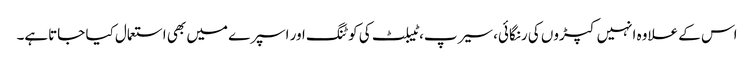
اس کے علاوہ انہیں کپڑوں کی رنگائی، سیرپ، ٹیبلٹ کی کو ٹنگ اور اسپرے میں بھی استعمال کیا جاتاہے۔